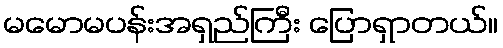
မမောမပန်းအရှည်ကြီး ပြောရှာတယ်။